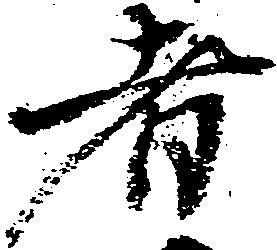
者